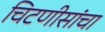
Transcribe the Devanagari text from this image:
चिटणीसांचा